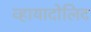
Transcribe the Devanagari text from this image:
व्हायादोलिद